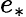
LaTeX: e_{*}